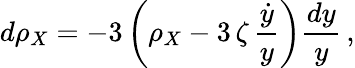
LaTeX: d\rho_{X}=-3\left(\rho_{X}-3\, \zeta\, \frac{\dot{y}}{y}\right)\frac{dy}{y}\, ,